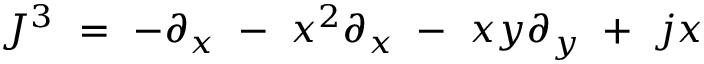
J ^ { 3 } \ = \ - \partial _ { x } \ - \ x ^ { 2 } \partial _ { x } \ - \ x y \partial _ { y } \ + \ j x